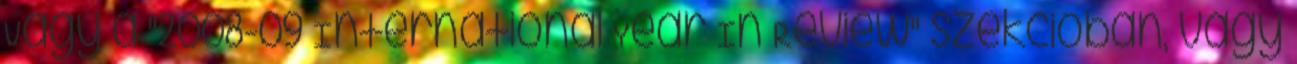
Vagy a "2008-09 International Year In Review" szekcióban, vagy